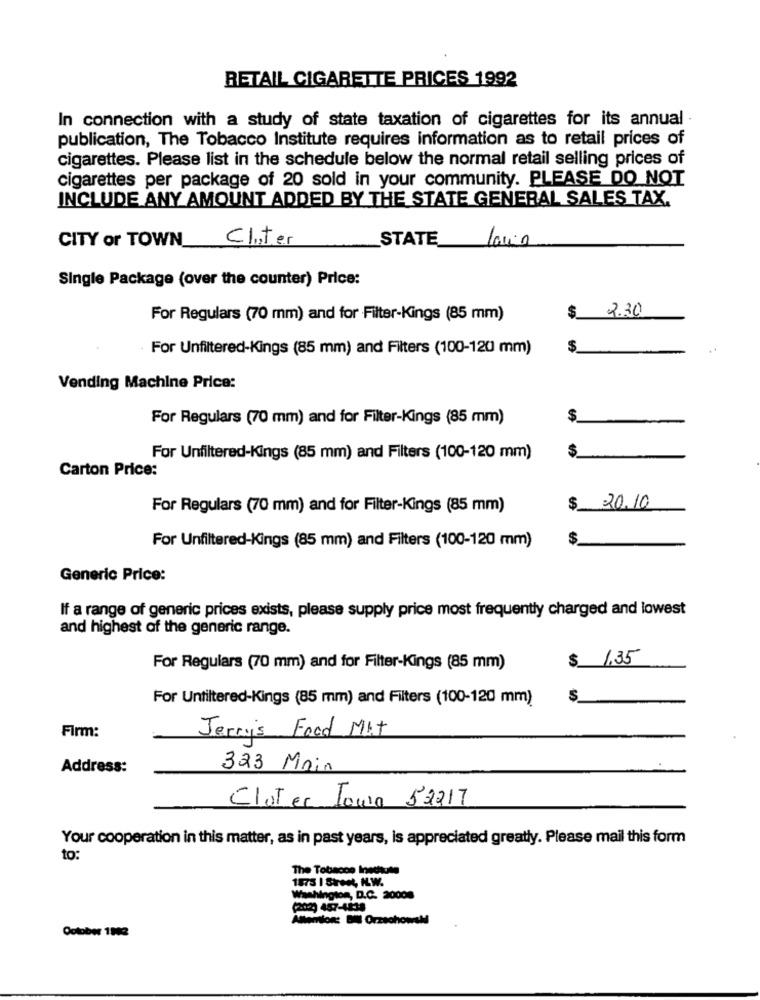
RETAIL CIGARETTE PRICES 1992
In connection with a study of state taxation of cigarettes for its annual
publication, The Tobacco Institute requires information as to retail prices of
cigarettes. Please list in the schedule below the normal retail selling prices of
cigarettes per package of 20 sold in your community. PLEASE DO NOT
INCLUDE ANY AMOUNT ADDED BY THE STATE GENERAL SALES TAX.
CITY of TOWN Cluster
STATE_
Louis
Single Package (over the counter) Price:
$
2.30
For Regulars (70 mm) and for Filter-Kings (85 mm)
For Unfiltered-Kings (85 mm) and Filters (100-120 mm)
$
Vending Machine Price:
For Regulars (70 mm) and for Filter-Kings (85 mm)
$
$
For Unfiltered-Kings (85 mm) and Filters (100-120 mm)
Carton Price:
For Regulars (70 mm) and for Filter-Kings (85 mm)
$ 20.10
$
For Unfiltered-Kings (85 mm) and Filters (100-120 mm)
Generic Price:
If a range of generic prices exists, please supply price most frequently charged and lowest
and highest of the generic range.
$ 1,35
For Regulars (70 mm) and for Filter-Kings (85 mm)
For Unfiltered-Kings (85 mm) and Filters (100-120 mm)
$
Firm:
Jerry's Food MAT
Address:
323 Main
CloTer Iowa 52217
Your cooperation in this matter, as in past years, is appreciated greatly. Please mail this form
to:
The Tobacco Inechtute
1873 I Street, H.W.
Washington, D.C. 20008
(2029 457-4838
Amor: B OrzechowsM
October 1992